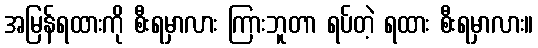
အမြန်ရထားကို စီးရမှာလား ကြားဘူတာ ရပ်တဲ့ ရထား စီးရမှာလား။